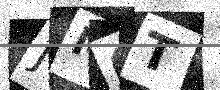
Text: JM0T